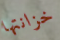
خزانتها